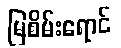
မြစိမ်းရောင်